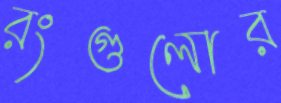
রংগুলোর